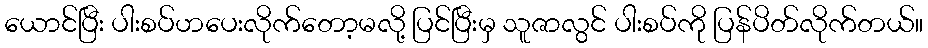
ယောင်ပြီး ပါးစပ်ဟပေးလိုက်တော့မလို့ ပြင်ပြီးမှ သူဇာလွင် ပါးစပ်ကို ပြန်ပိတ်လိုက်တယ်။